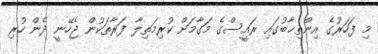
މި ފަހަރުގެ އިންތިޚާބުގައި ރައީސްގެ މަގާމަށް ކުރިމަތިލާ ފަރާތަކުން ޖެހޭނީ ދެން ހުރި